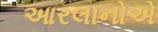
આરલાનોએ